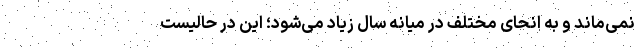
نمی‌ماند و به انحای مختلف در میانه سال زیاد می‌شود؛ این در حالیست